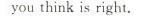
youthink is right.